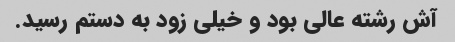
آش رشته عالی بود و خیلی زود به دستم رسید.